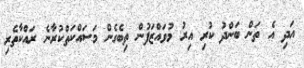
އަދި އެ ތަން ބަންދު ކުރި އިރު މުވައްޒަފުން ތިބެގެން މަސައްކަތްކުރާނެ ރައްކާތެރި